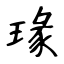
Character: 瑑